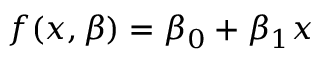
f ( x , { \boldsymbol { \beta } } ) = \beta _ { 0 } + \beta _ { 1 } x